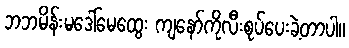
ဘဘမိန်းမဒေါ်မေထွေး ကျနော်ကိုလီးစုပ်ပေးခဲ့တာပါ။